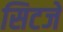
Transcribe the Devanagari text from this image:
सिटजे